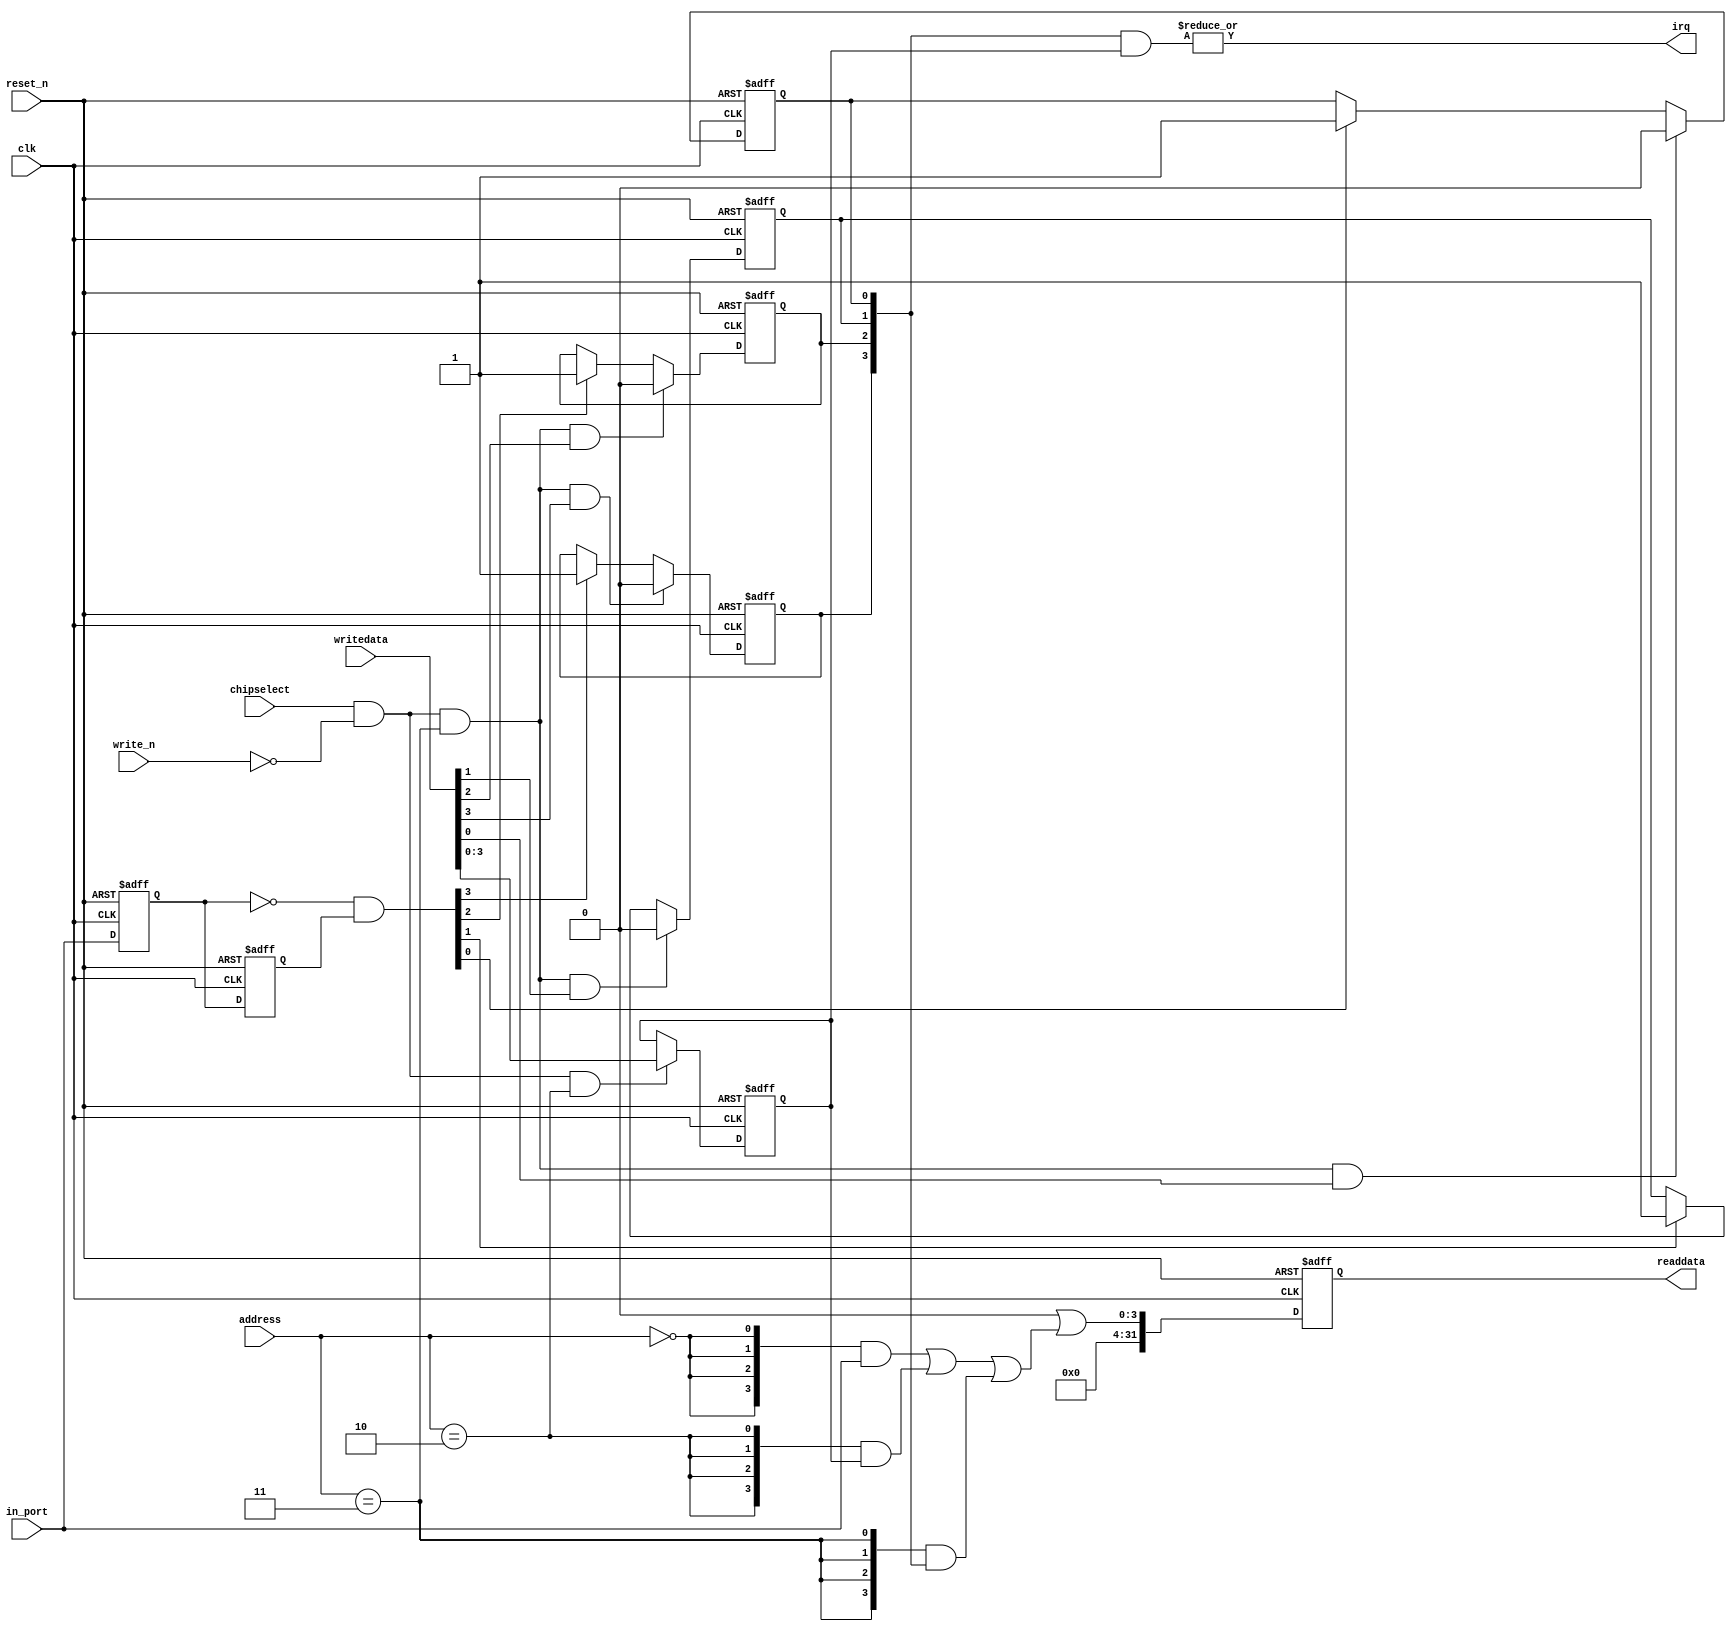
// This program was cloned from: https://github.com/stanford-ppl/spatial-lang
// License: MIT License

//Legal Notice: (C)2018 Altera Corporation. All rights reserved.  Your
//use of Altera Corporation's design tools, logic functions and other
//software and tools, and its AMPP partner logic functions, and any
//output files any of the foregoing (including device programming or
//simulation files), and any associated documentation or information are
//expressly subject to the terms and conditions of the Altera Program
//License Subscription Agreement or other applicable license agreement,
//including, without limitation, that your use is for the sole purpose
//of programming logic devices manufactured by Altera and sold by Altera
//or its authorized distributors.  Please refer to the applicable
//agreement for further details.

// synthesis translate_off
`timescale 1ns / 1ps
// synthesis translate_on

// turn off superfluous verilog processor warnings 
// altera message_level Level1 
// altera message_off 10034 10035 10036 10037 10230 10240 10030 13469 16735 16788 

module ghrd_10as066n2_button_pio_altera_avalon_pio_171_3t26uui (
                                                                 // inputs:
                                                                  address,
                                                                  chipselect,
                                                                  clk,
                                                                  in_port,
                                                                  reset_n,
                                                                  write_n,
                                                                  writedata,

                                                                 // outputs:
                                                                  irq,
                                                                  readdata
                                                               )
;

  output           irq;
  output  [ 31: 0] readdata;
  input   [  1: 0] address;
  input            chipselect;
  input            clk;
  input   [  3: 0] in_port;
  input            reset_n;
  input            write_n;
  input   [ 31: 0] writedata;


wire             clk_en;
reg     [  3: 0] d1_data_in;
reg     [  3: 0] d2_data_in;
wire    [  3: 0] data_in;
reg     [  3: 0] edge_capture;
wire             edge_capture_wr_strobe;
wire    [  3: 0] edge_detect;
wire             irq;
reg     [  3: 0] irq_mask;
wire    [  3: 0] read_mux_out;
reg     [ 31: 0] readdata;
  assign clk_en = 1;
  //s1, which is an e_avalon_slave
  assign read_mux_out = ({4 {(address == 0)}} & data_in) |
    ({4 {(address == 2)}} & irq_mask) |
    ({4 {(address == 3)}} & edge_capture);

  always @(posedge clk or negedge reset_n)
    begin
      if (reset_n == 0)
          readdata <= 0;
      else if (clk_en)
          readdata <= {32'b0 | read_mux_out};
    end


  assign data_in = in_port;
  always @(posedge clk or negedge reset_n)
    begin
      if (reset_n == 0)
          irq_mask <= 0;
      else if (chipselect && ~write_n && (address == 2))
          irq_mask <= writedata[3 : 0];
    end


  assign irq = |(edge_capture & irq_mask);
  assign edge_capture_wr_strobe = chipselect && ~write_n && (address == 3);
  always @(posedge clk or negedge reset_n)
    begin
      if (reset_n == 0)
          edge_capture[0] <= 0;
      else if (clk_en)
          if (edge_capture_wr_strobe && writedata[0])
              edge_capture[0] <= 0;
          else if (edge_detect[0])
              edge_capture[0] <= -1;
    end


  always @(posedge clk or negedge reset_n)
    begin
      if (reset_n == 0)
          edge_capture[1] <= 0;
      else if (clk_en)
          if (edge_capture_wr_strobe && writedata[1])
              edge_capture[1] <= 0;
          else if (edge_detect[1])
              edge_capture[1] <= -1;
    end


  always @(posedge clk or negedge reset_n)
    begin
      if (reset_n == 0)
          edge_capture[2] <= 0;
      else if (clk_en)
          if (edge_capture_wr_strobe && writedata[2])
              edge_capture[2] <= 0;
          else if (edge_detect[2])
              edge_capture[2] <= -1;
    end


  always @(posedge clk or negedge reset_n)
    begin
      if (reset_n == 0)
          edge_capture[3] <= 0;
      else if (clk_en)
          if (edge_capture_wr_strobe && writedata[3])
              edge_capture[3] <= 0;
          else if (edge_detect[3])
              edge_capture[3] <= -1;
    end


  always @(posedge clk or negedge reset_n)
    begin
      if (reset_n == 0)
        begin
          d1_data_in <= 0;
          d2_data_in <= 0;
        end
      else if (clk_en)
        begin
          d1_data_in <= data_in;
          d2_data_in <= d1_data_in;
        end
    end


  assign edge_detect = ~d1_data_in & d2_data_in;

endmodule